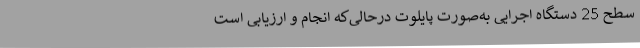
سطح 25 دستگاه اجرایی به‌صورت پایلوت درحالی‌که انجام و ارزیابی است